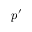
p ^ { \prime }